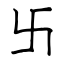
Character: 卐